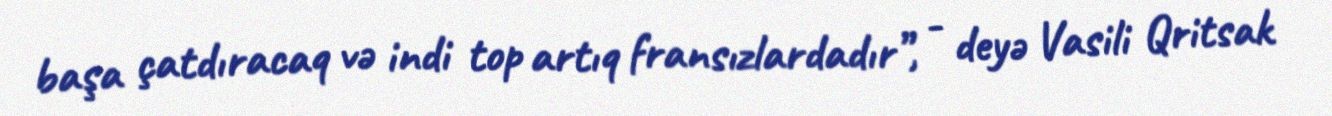
başa çatdıracaq və indi top artıq fransızlardadır”, - deyə Vasili Qritsak